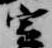
定